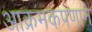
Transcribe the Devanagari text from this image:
आक्रमकपणाने